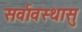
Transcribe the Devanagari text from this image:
सर्वावस्थासु